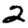
Digit: 2